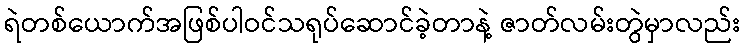
ရဲတစ်ယောက်အဖြစ်ပါဝင်သရုပ်ဆောင်ခဲ့တာနဲ့ ဇာတ်လမ်းတွဲမှာလည်း